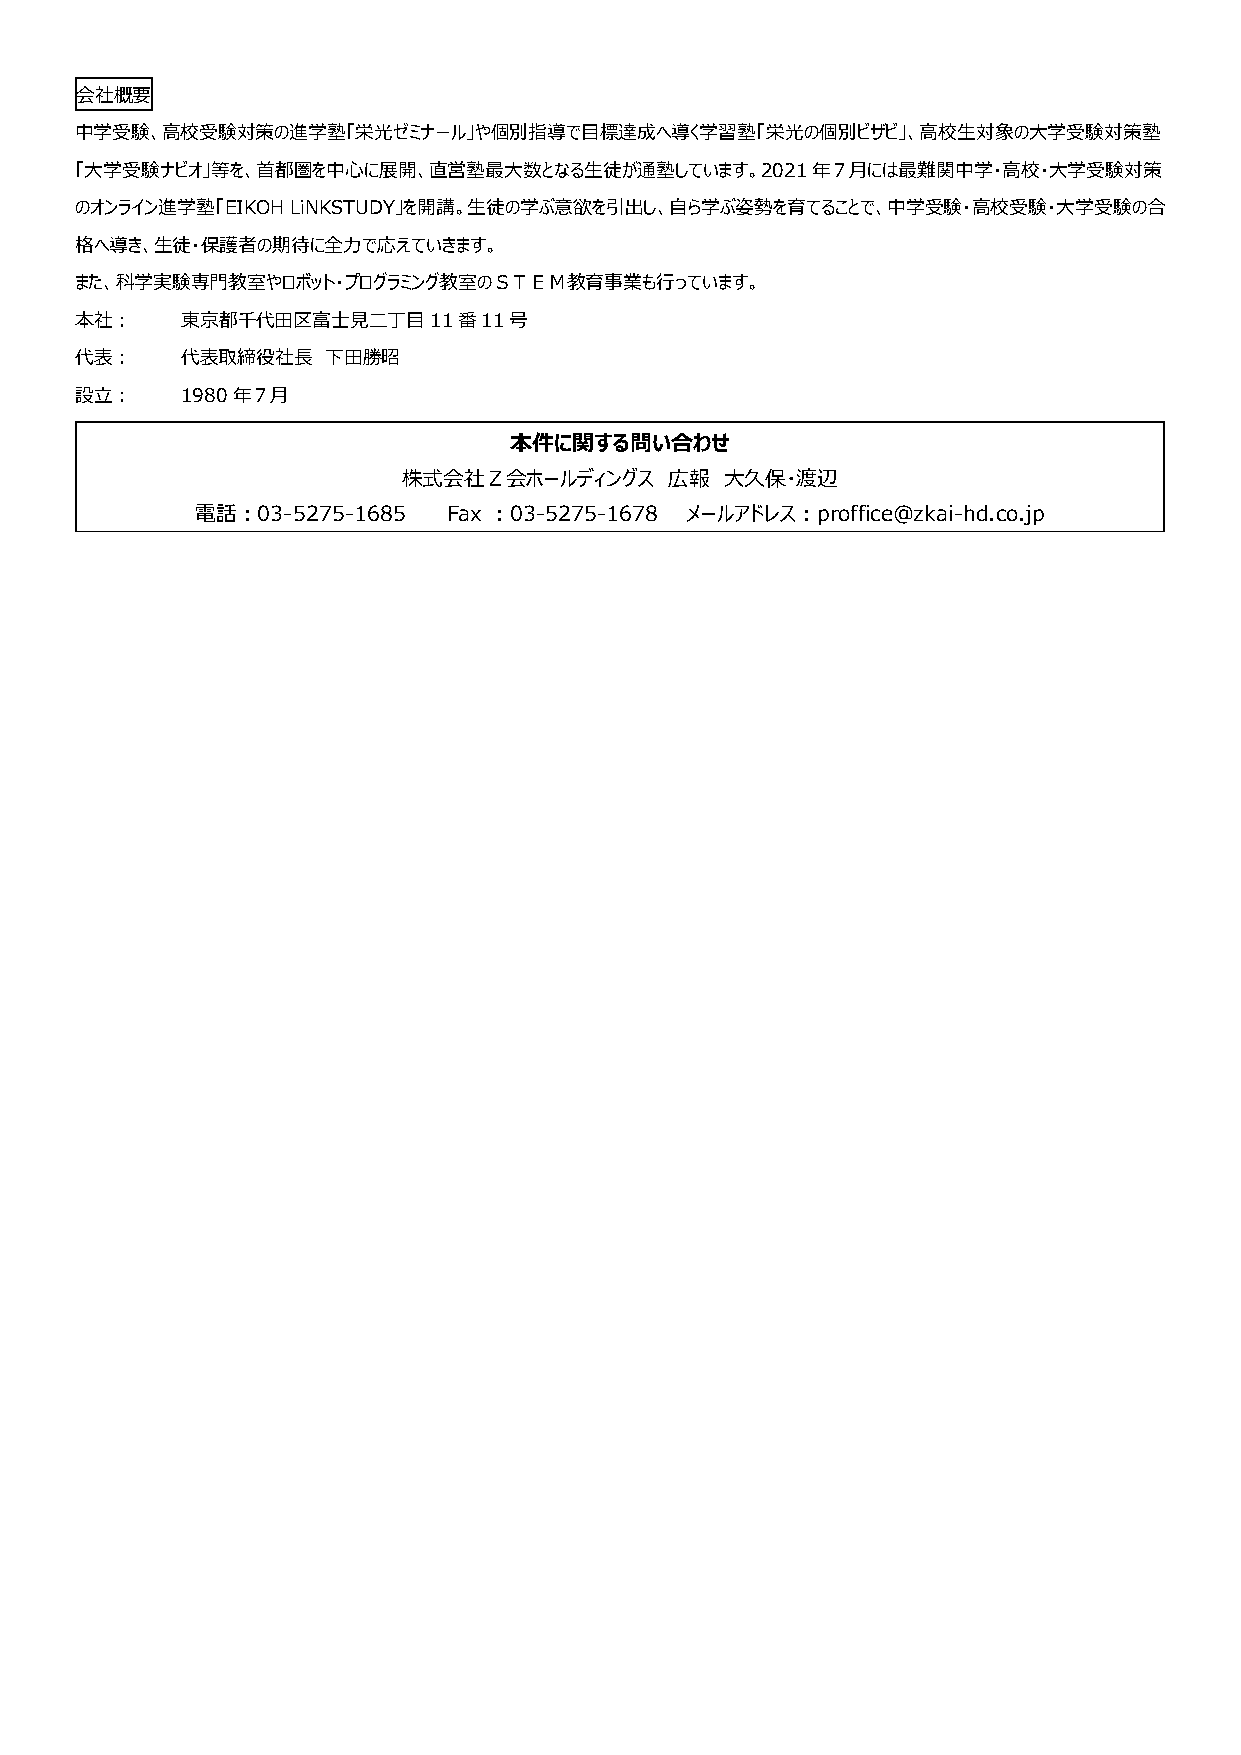
会社概要
 中学受験、高校受験対策の進学塾「栄光ゼミナール」や個別指導で目標達成へ導く学習塾「栄光の個別ビザビ」、高校生対象の大学受験対策塾
 「大学受験ナビオ」等を、首都圏を中心に展開、直営塾最大数となる生徒が通塾しています。2021年７月には最難関中学・高校・大学受験対策
 のオンライン進学塾「EIKOH LiNKSTUDY」を開講。生徒の学ぶ意欲を引出し、自ら学ぶ姿勢を育てることで、中学受験・高校受験・大学受験の合
 格へ導き、生徒・保護者の期待に全力で応えていきます。
 また、科学実験専門教室やロボット・プログラミング教室のＳＴＥＭ教育事業も行っています。
 本社：    東京都千代田区富士見二丁目11番11号
 代表：    代表取締役社長   下田勝昭
 設立：    1980年７月
 本件に関する問い合わせ
 株式会社Ｚ会ホールディングス   広報  大久保・渡辺
 電話：03-5275-1685  Fax ：03-5275-1678 メールアドレス：proffice@zkai-hd.co.jp